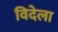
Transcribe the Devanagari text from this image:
विदेला